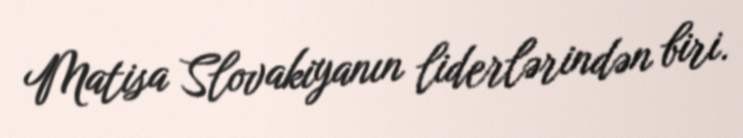
Matisa Slovakiyanın liderlərindən biri.